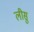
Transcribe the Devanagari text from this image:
लीसु